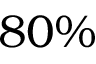
8 0 \%